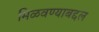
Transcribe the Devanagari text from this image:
मिळवण्याबद्दल